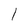
Character: l